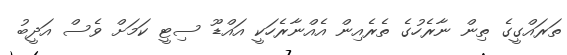
ތަރައްގީގެ ތިން ނާރެހުގެ ތެރެއިން އެއްނާރެހަކީ އައްޑޫ ސިޓީ ކަމަށް ވެސް އަދީބު